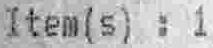
ITEM(S) : 1